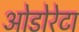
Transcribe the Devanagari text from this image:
ओडोरेटा